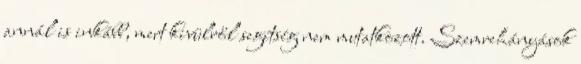
annál is inkább, mert kivülről segítség nem mutatkozott. Szemrehányások